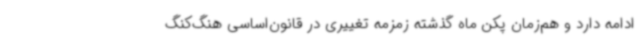
ادامه دارد و هم‌زمان پکن ماه گذشته زمزمه تغییری در قانون‌اساسی هنگ‌کنگ